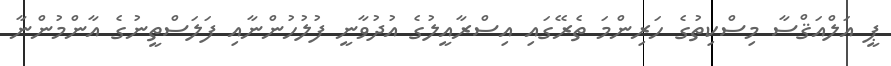
ޕީ އަލްއަޤްސާ މިސްކިތުގެ ހަރިންމަ ތެރޭގައި އިސްރާއީލުގެ އުދުވާނީ ފުލުހުންނާއި ފަލަސްތީނުގެ އާންމުންނާ